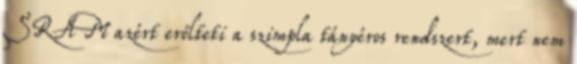
SRAM azért erőlteti a szimpla tányéros rendszert, mert nem